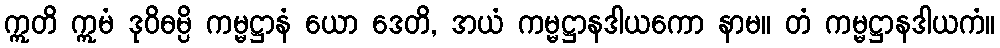
ဣတိ ဣမံ ဒုဝိဓမ္ပိ ကမ္မဋ္ဌာနံ ယော ဒေတိ, အယံ ကမ္မဋ္ဌာနဒါယကော နာမ။ တံ ကမ္မဋ္ဌာနဒါယကံ။